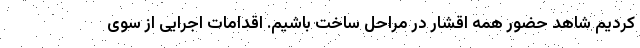
کردیم شاهد حضور همه اقشار در مراحل ساخت باشیم. اقدامات اجرایی از سوی